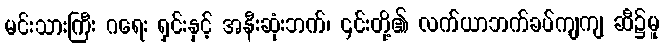
မင်းသားကြီး ဂရေး ရှင်းနှင့် အနီးဆုံးဘက်၊ ၎င်းတို့၏ လက်ယာဘက်ခပ်ကျကျ ဆီ၌မူ